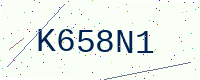
Text: K658N1